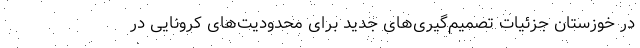
در خوزستان جزئیات تصمیم‌گیری‌های جدید برای محدودیت‌های کرونایی در